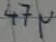
Text: 47µ